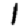
Digit: 1